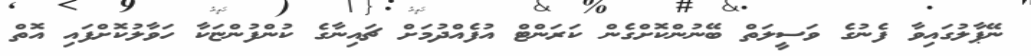
ނޭޕާލުގައިވާ ފެނުގެ ވަސީލަތް ބޭނުންކޮށްގެން ކަރަންޓް އުފެއްދުމަށް ޗައިނާގެ ކުންފުންޏަކާ ހަވާލުކޮށްފައި އޮތް